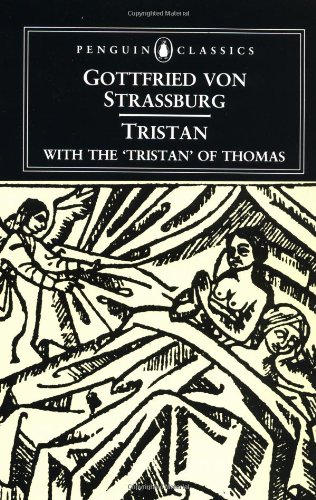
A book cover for Tristan: With the Surviving Fragments of the 'Tristran of Thomas' (Penguin Classics); Gottfried von Strassburg; Literature & Fiction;